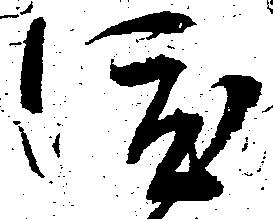
渡